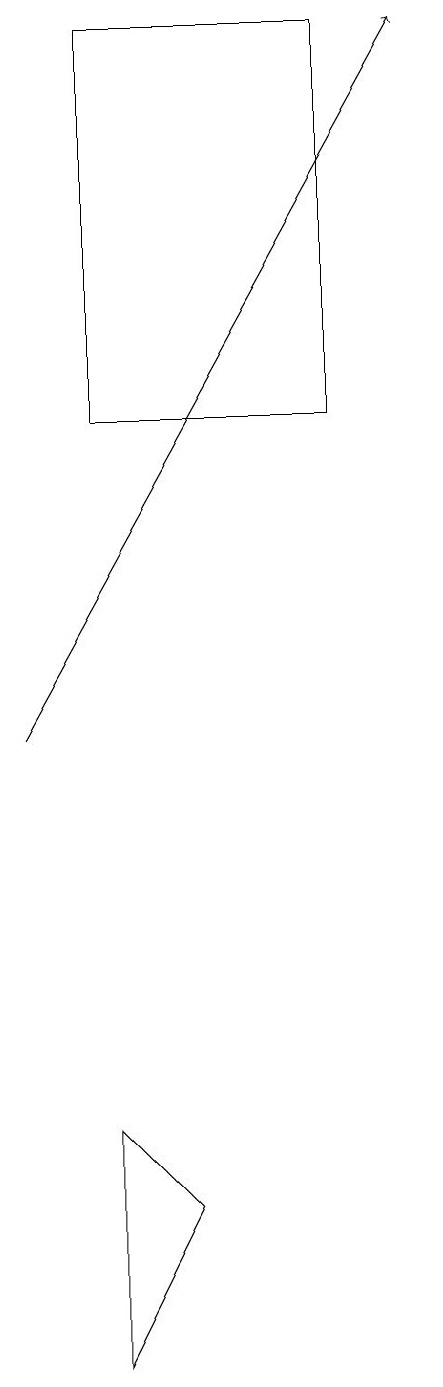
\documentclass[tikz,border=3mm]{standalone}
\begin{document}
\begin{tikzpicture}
\draw (5,19) rectangle (2,14);
\draw[->] (1,10) -- (6,19);
\draw (2,2) -- (3,4) -- (2,5) -- cycle;
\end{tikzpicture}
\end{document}